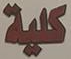
كلية